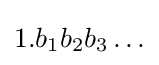
{\textstyle 1.b_{1}b_{2}b_{3}\ldots }